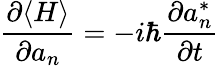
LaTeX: {\frac{\partial\langle H\rangle}{\partial a_{n}}}=-i\hbar{\frac{\partial a_{n}^{*}}{\partial t}}